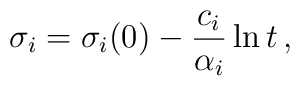
\sigma_{i}=\sigma_{i}(0)-\frac{c_{i}}{\alpha_{i}}\ln t\,,